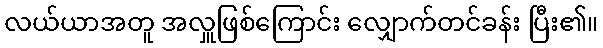
လယ်ယာအတူ အလှူဖြစ်ကြောင်း လျှောက်တင်ခန်း ပြီး၏။